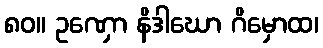
၈၀။ ဥဏှော နိဒါဃော ဂိမှောထ၊